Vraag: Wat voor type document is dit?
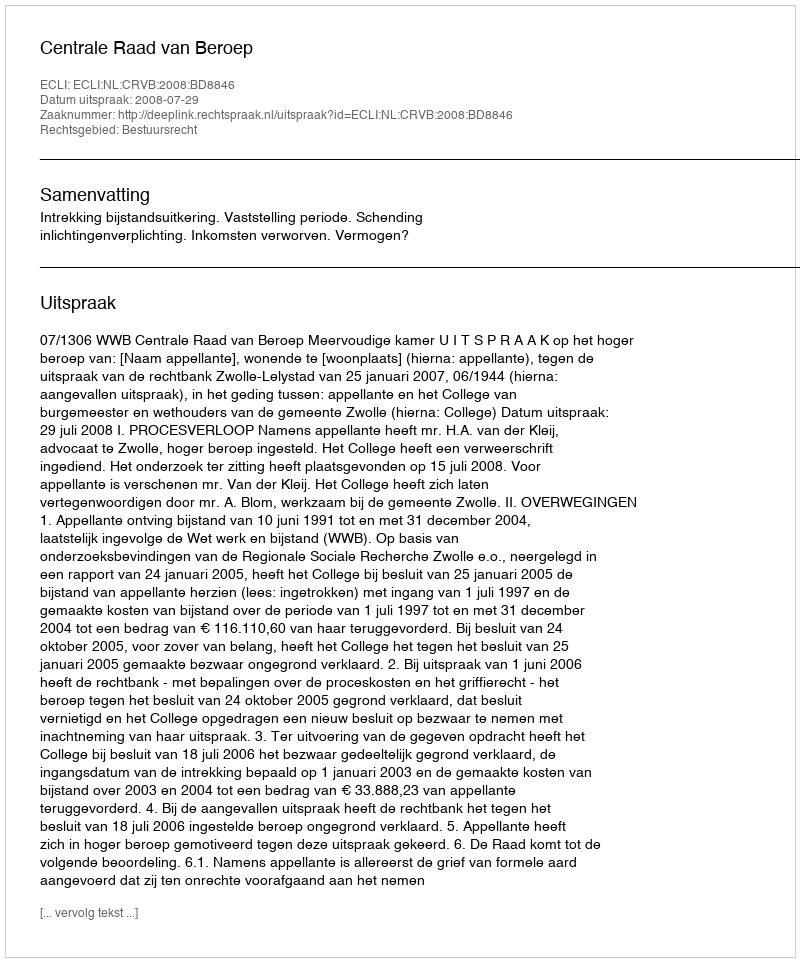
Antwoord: Uitspraak